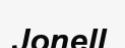
Jonell